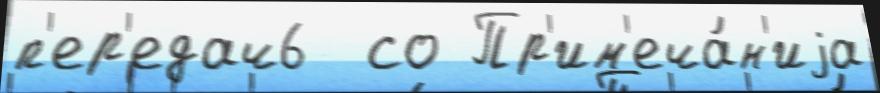
п'ер'едач6  со Пр'им'еча́н'иjа